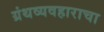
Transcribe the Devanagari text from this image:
ग्रंथव्यवहाराचा